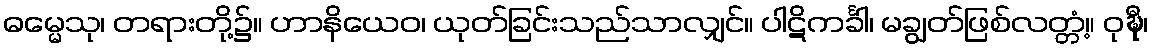
ဓမ္မေသု၊ တရားတို့၌။ ဟာနိယေဝ၊ ယုတ်ခြင်းသည်သာလျှင်။ ပါဋိကင်္ခါ၊ မချွတ်ဖြစ်လတ္တံ့။ ဝုဍ္ဎီ၊